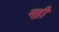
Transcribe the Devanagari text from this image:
नह़ी